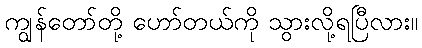
ကျွန်တော်တို့ ဟော်တယ်ကို သွားလို့ရပြီလား။